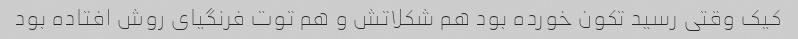
کیک وقتی رسید تکون خورده بود هم شکلاتش و هم توت فرنگیای روش افتاده بود